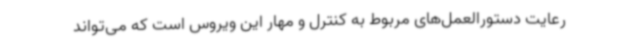
رعایت دستورالعمل‌های مربوط به کنترل و مهار این ویروس است که می‌تواند